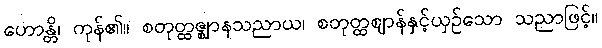
ဟောန္တိ၊ ကုန်၏။ စတုတ္ထဇ္ဈာနသညာယ၊ စတုတ္ထဈာန်နှင့်ယှဉ်သော သညာဖြင့်။